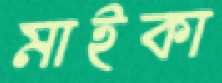
মাইকা